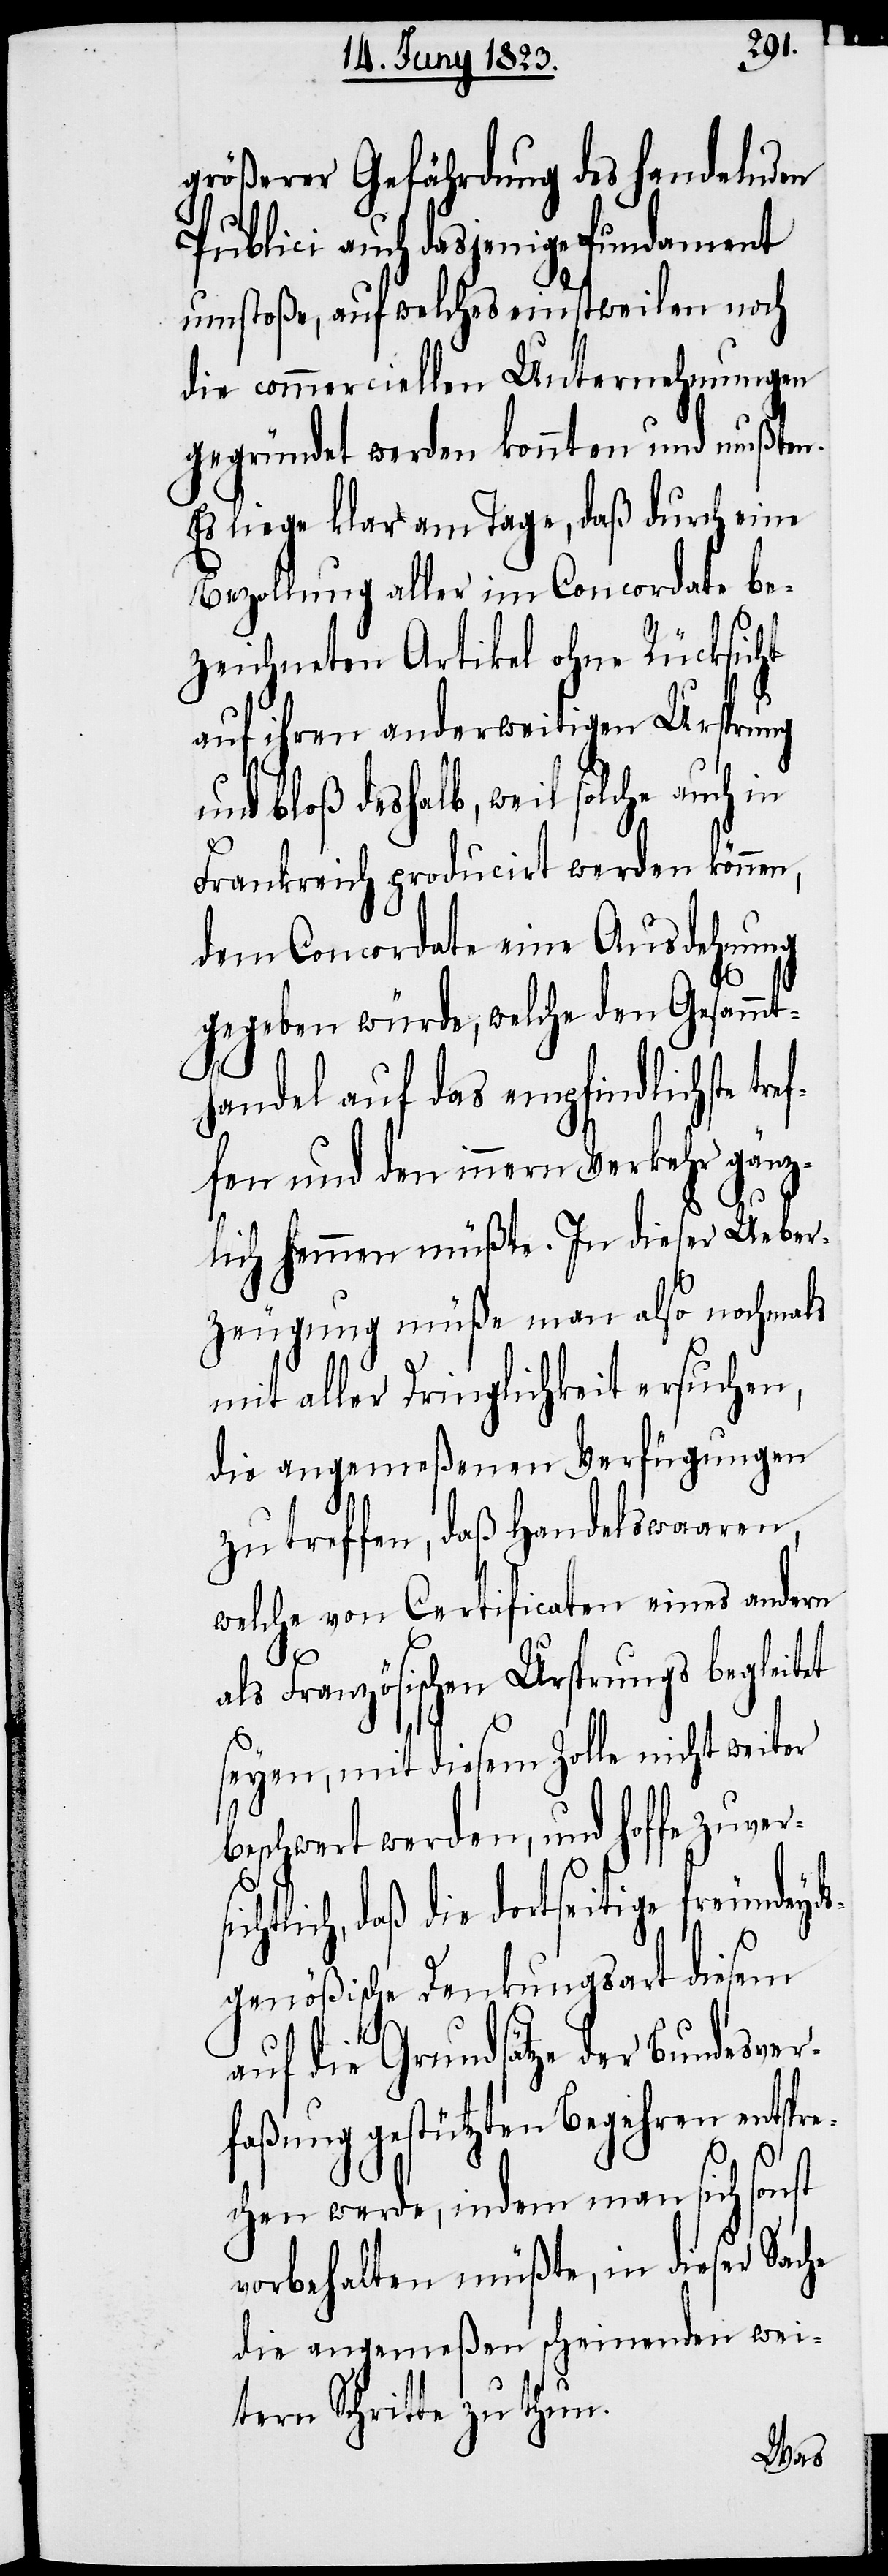
größerer Gefährdung des handelnden
Publici auch dasjenige Fundament
umstoße, auf welches einstweilen noch
die commerciellen Unternehmungen
gegründet werden konnten und mußten.
Es liege klar am Tage, daß durch eine
Bezollung aller im Concordate be¬
zeichneten Artikel ohne Rücksicht
auf ihren anderweitigen Ursprung
nd bloß deshalb, weil solche auch
Frankreich producirt werden können,
dem Concordate eine Ausdehnung
gegeben würde, welche den Gesammt¬
handel auf das empfindlichste tre¬
ffen und den innern Verkehr gänz¬
lich hemmen müßte. In dieser Ueber¬
zeugung müße man also nochmals
mit aller Dringlichkeit ersuchen,
die angemeßenen Verfügungen
zu treffen, daß Handelswaaren,
welche von Certificaten eines andern
als Französischen Ursprungs begleitet
seyen, mit diesem Zolle nicht weiter
beschwert werden, und hoffe zuversi¬
chtlich, daß die dortseitige freundeyd¬
sgenößische Denkungsart diesem
auf die Grundsätze der Bundesver¬
faßung gestützten Begehren entspr¬
echen werde, indem man sich sonst
vorbehalten müßte, in dieser Sache
die angemeßen scheinenden wei¬
tern Schritte zu thun.

u¬